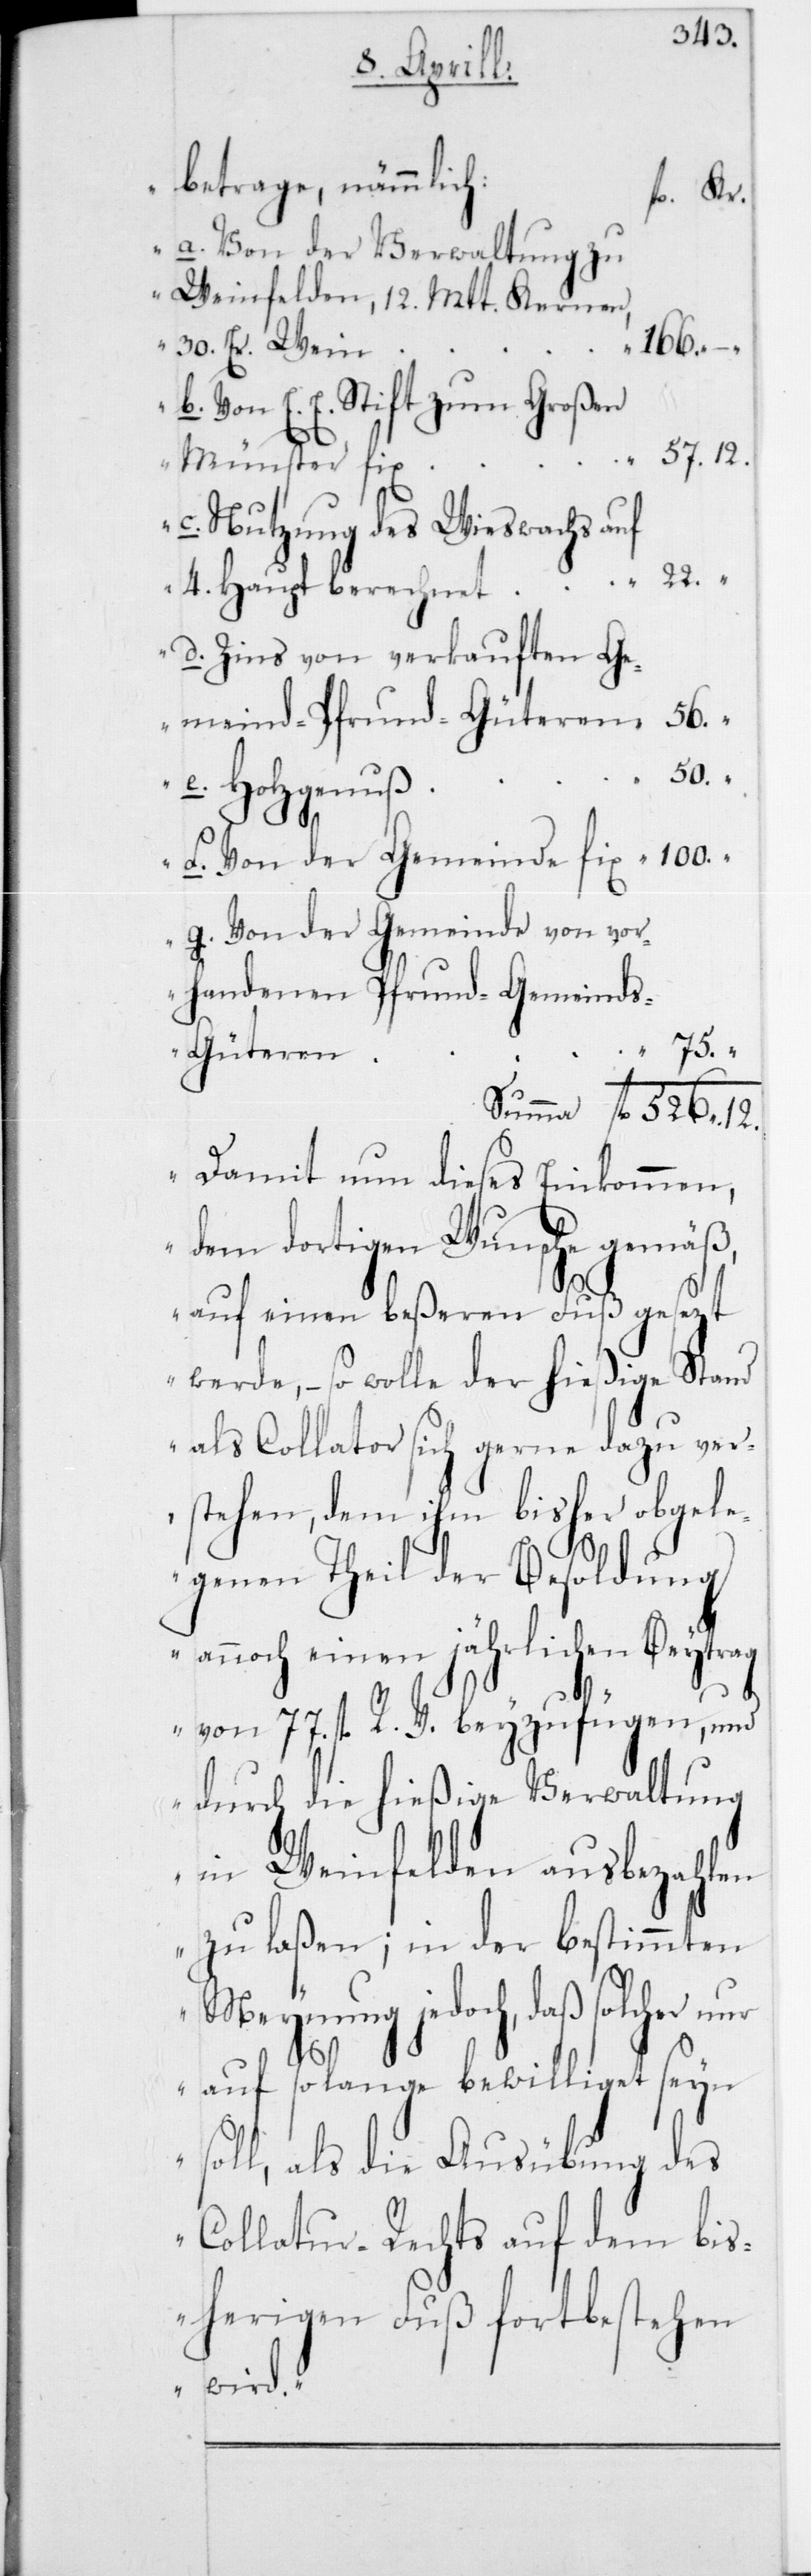
betrage, nämmlich:
Von der
Von der Verwaltung zu
Weinfelden, 12 Mtt. Kernen,
100.
30 Er. Wein
Von E. E. Stift zum Großen
12.
Münster fix
Nutzung des Wieswachs auf
4 Haupt berechnet
Zins von verkauften Ge¬
meind-Pfrund-Güteren
50.
Holzgenuß
Von der Gemeinde von vor¬
handenen Pfrund-Gemeind¬
75.
“
s-Güteren.
Damit nun dieses Einkommen,
dem dortigen Wunsche gemäß,
auf einen beßeren Fuß gesezt
werde, so wolle der hießige Stand
als Collator sich gerne dazu ver¬
stehen, dem ihm bisher obgele¬
genen Theil der Besoldung
annoch einen jährlichen Beytrag
von 77 fl. R. V. beyzufügen, und
durch die hießige Verwaltung
in Weinfelden ausbezahlen
zu laßen; in der bestimmten
Meynung jedoch, daß solcher
auf so lange bewilliget seyn
g.
soll, als die Ausübung des
Collatur-Rechts auf dem bis¬
herigen Fuß fortbestehen
wird“.